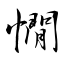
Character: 憪